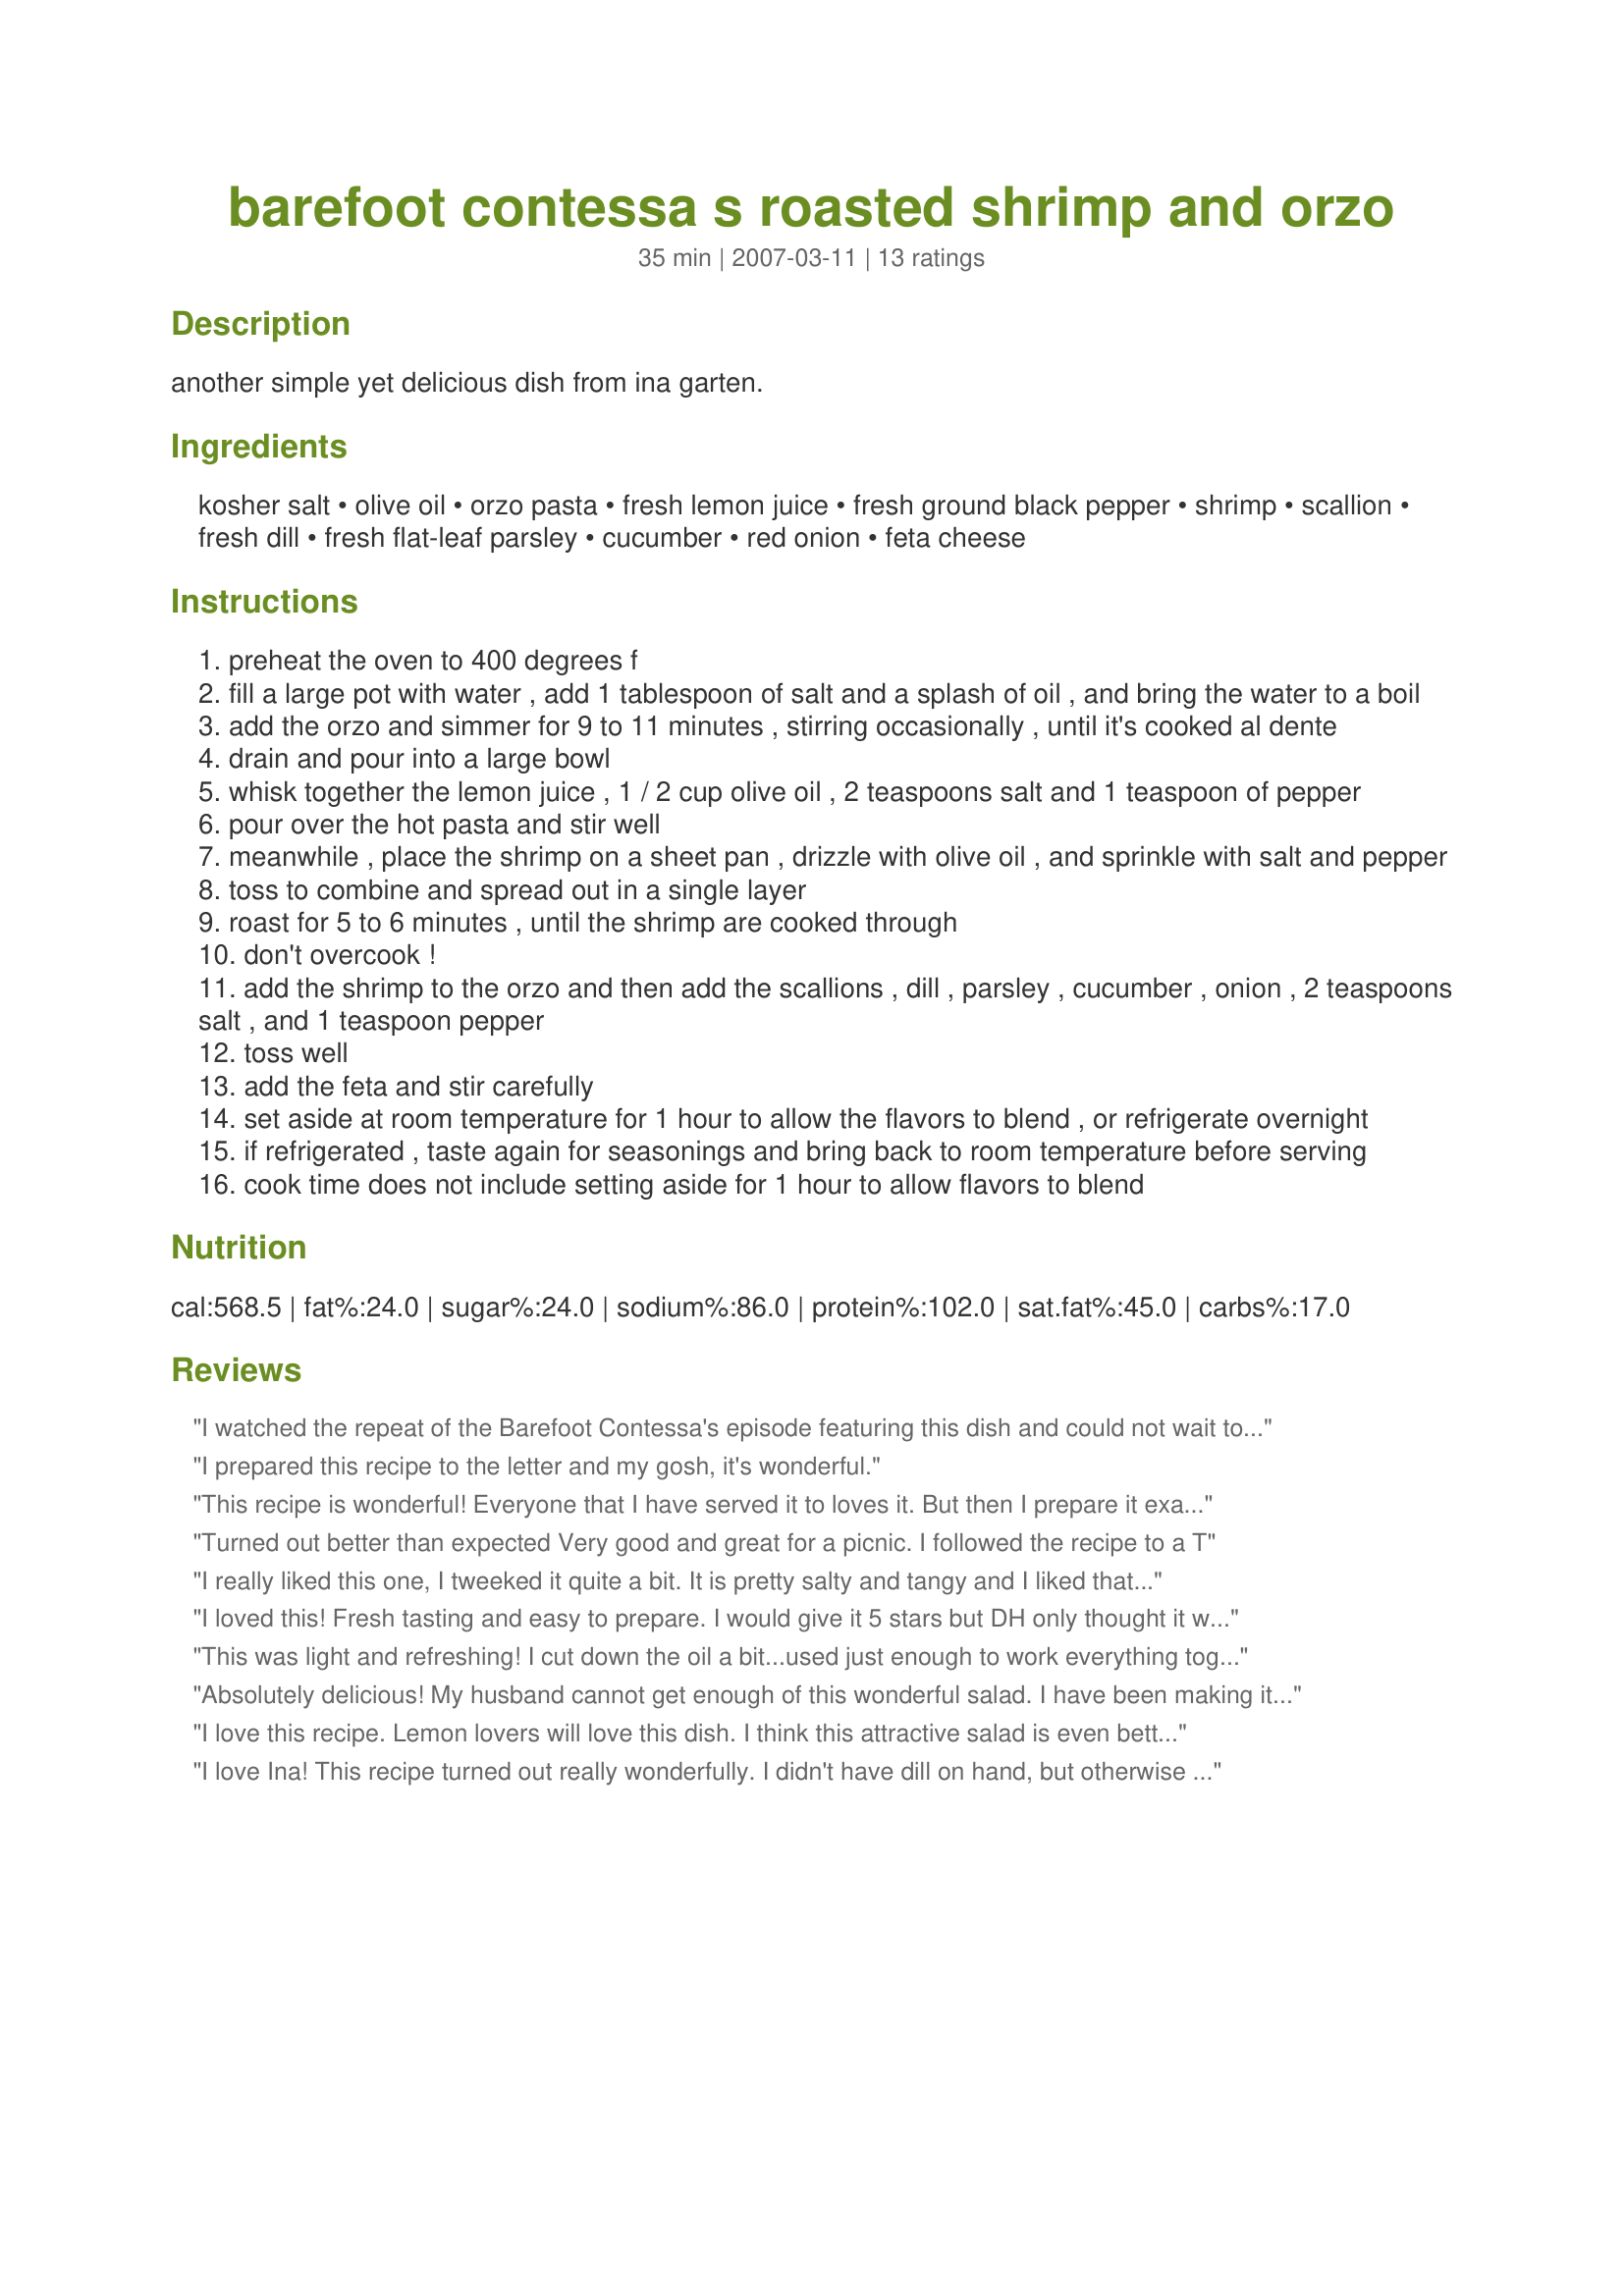
barefoot contessa s roasted shrimp and orzo
Preparation time: 35 minutes

another simple yet delicious dish from ina garten.

Ingredients:
kosher salt, olive oil, orzo pasta, fresh lemon juice, fresh ground black pepper, shrimp, scallion, fresh dill, fresh flat-leaf parsley, cucumber, red onion, feta cheese

Steps:
preheat the oven to 400 degrees f
fill a large pot with water , add 1 tablespoon of salt and a splash of oil , and bring the water to a boil
add the orzo and simmer for 9 to 11 minutes , stirring occasionally , until it's cooked al dente
drain and pour into a large bowl
whisk together the lemon juice , 1 / 2 cup olive oil , 2 teaspoons salt and 1 teaspoon of pepper
pour over the hot pasta and stir well
meanwhile , place the shrimp on a sheet pan , drizzle with olive oil , and sprinkle with salt and pepper
toss to combine and spread out in a single layer
roast for 5 to 6 minutes , until the shrimp are cooked through
don't overcook !
add the shrimp to the orzo and then add the scallions , dill , parsley , cucumber , onion , 2 teaspoons salt , and 1 teaspoon pepper
toss well
add the feta and stir carefully
set aside at room temperature for 1 hour to allow the flavors to blend , or refrigerate overnight
if refrigerated , taste again for seasonings and bring back to room temperature before serving
cook time does not include setting aside for 1 hour to allow flavors to blend

Reviews:
I watched the repeat of the Barefoot Contessa's episode featuring this dish and could not wait to try it. I hope my guests get here soon or there won't be much left for them! It is an explosion of flavors and I would only consider adding more pepper.
I prepared this recipe to the letter and my gosh, it's wonderful.
This recipe is wonderful! Everyone that I have served it to loves it. But then I prepare it exactly as written. If you use EVOO, fresh dill and parsley, raw shrimp, fresh lemon, imported feta, etc. you will have a superb dish. I'm always amazed at some of the substitutions people use and their critique of the recipe. There is no way the end product will be as good as the intended recipe with some of these modifications!
Turned out better than expected Very good and great for a picnic. I followed the recipe to a T
I really liked this one, I tweeked it quite a bit. It is pretty salty and tangy and I liked that. I used jarred basil and dill seasoning mix. I also used a tomato basil feta and precooked and peeled shrimp. I wish I had had this recipe for the company picnic a few weeks ago, I think it would have been a big hit!
I loved this! Fresh tasting and easy to prepare. I would give it 5 stars but DH only thought it was so-so. I will make it again. I followed the recipe exactly and then added some pitted kalamata olives that added a little extra zing. Thanks Juenessa for posting this recipe!
This was light and refreshing! I cut down the oil a bit...used just enough to work everything together. (I saw this episode and she used so much olive oil!!) Thanks for posting!!
Absolutely delicious! My husband cannot get enough of this wonderful salad. I have been making it for 6 years and he never tires of it. I make it exactly as written. I make sure all my ingredients are fresh. I have found Israeli Feta is the best for an imported Feta in this dish.
I love this recipe. Lemon lovers will love this dish. I think this attractive salad is even better with half of the feta and shrimp, which also helps to cut costs. I was going to submit this recipe I like it so well. Thank you, Juenessa
I love Ina! This recipe turned out really wonderfully. I didn't have dill on hand, but otherwise followed the recipe as stated, just cut in half. It is a very fresh-tasting dish with the parsley and lemon. It's also a huge serving (2 cups per); light, but satisfying, too. Will definitely make again.
This is awesome! I halved the recipe with excellent results. I omitted dill and substituted cilantro for parsley to suit my family's taste. Fabulous and SO simple! Plus, it is really ready to eat as soon as it's done. The extra marination time doesn't hurt, but go ahead and eat it right away.
This was alright, a little dry but good flavor. I'll have to play with it a little next time.
Devine. Have made it so many times. I added halved kalamata olives and small grape tomatoes. EVERYONE asks for the recipe!!! A real crowd pleaser!!! Yum, I am drooling.
